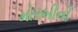
મોરબીની